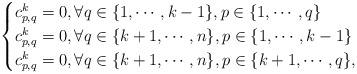
LaTeX: \begin{align*}\begin{cases}c_{p,q}^k=0, \forall q\in \{1,\cdots, k-1\}, p\in \{1,\cdots, q\}\\c_{p,q}^k=0, \forall q\in \{k+1,\cdots, n\}, p\in \{1,\cdots, k-1\}\\c_{p,q}^k=0, \forall q\in \{k+1,\cdots, n\}, p\in \{k+1,\cdots, q\},\end{cases}\end{align*}